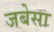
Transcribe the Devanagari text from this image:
जबेसा